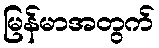
မြန်မာအတွက်